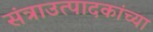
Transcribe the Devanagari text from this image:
संत्राउत्पादकांच्या